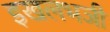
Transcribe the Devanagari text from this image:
इखलभजी